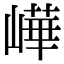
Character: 㠏